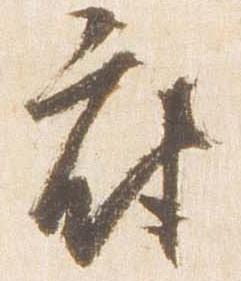
府